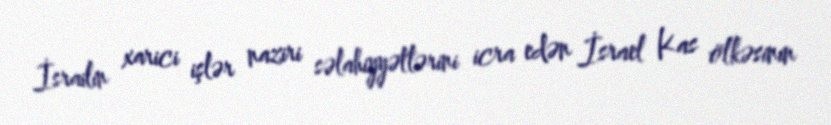
İsrailin xarici işlər naziri səlahiyyətlərini icra edən İsrael Kas ölkəsinin